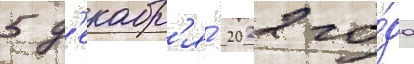
5 д'екабр'я́ 2022 го́да